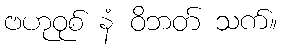
ဗဟုဝုစ် နံ ဝိဘတ် သက်။